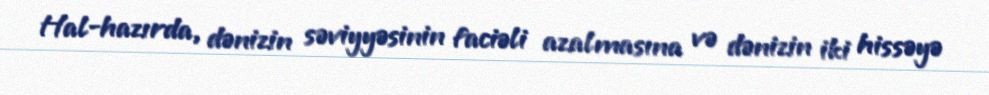
Hal-hazırda, dənizin səviyyəsinin faciəli azalmasına və dənizin iki hissəyə